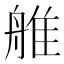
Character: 𦩏